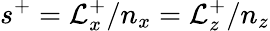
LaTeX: s^{+}=\mathcal{L}_{x}^{+}/n_{x}=\mathcal{L}_{z}^{+}/n_{z}